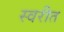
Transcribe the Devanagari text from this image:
स्वरीत